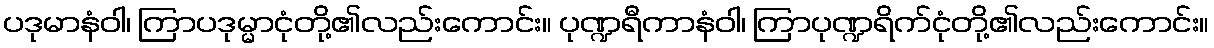
ပဒုမာနံဝါ၊ ကြာပဒုမ္မာငုံတို့၏လည်းကောင်း။ ပုဏ္ဍရီကာနံဝါ၊ ကြာပုဏ္ဍရိက်ငုံတို့၏လည်းကောင်း။